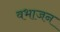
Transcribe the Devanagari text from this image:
वभाजन